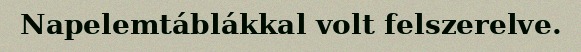
Napelemtáblákkal volt felszerelve.